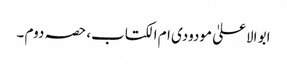
ابو الاعلیٰ مودودی ام الکتاب، حصہ دوم ۔